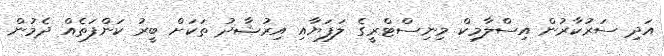
އަދި ސަރުކާރުން އިސްލާމިކް މިނިސްޓްރީގެ ލަފަޔާއި އިރުޝާދު ތަކަށް ބީރު ކަންފަތެއް ދެމުން